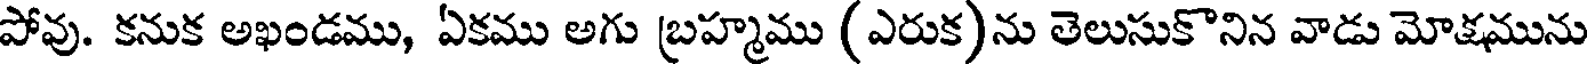
పోవు. కనుక అఖండము, ఏకము అగు బ్రహ్మము (ఎరుక)ను తెలుసుకొనిన వాడు మోక్షమును